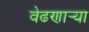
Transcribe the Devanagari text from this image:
वेढणार्‍या